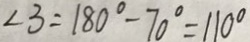
\angle 3 = 1 8 0 ^ { \circ } - 7 0 ^ { \circ } = 1 1 0 ^ { \circ }